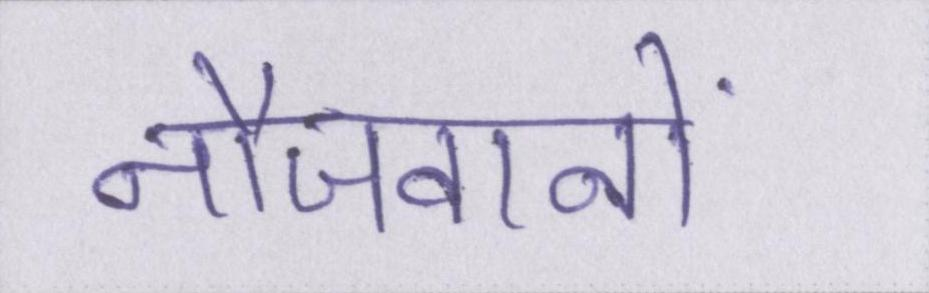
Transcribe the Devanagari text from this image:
नौजवानों